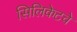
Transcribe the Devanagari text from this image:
सिलिकेटचे